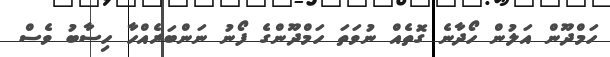
ހަމްދޫން އަލުން ހޯދާނެ ގޮތެއް ނުވަތަ ހަމްދޫންގެ ފޯނު ނަންބަރެއްހާ ހިސާބު ވެސް